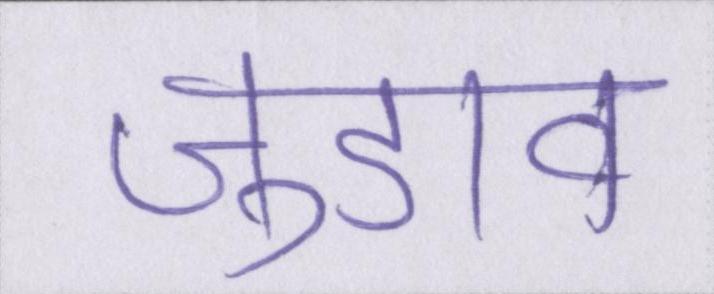
जुडाव